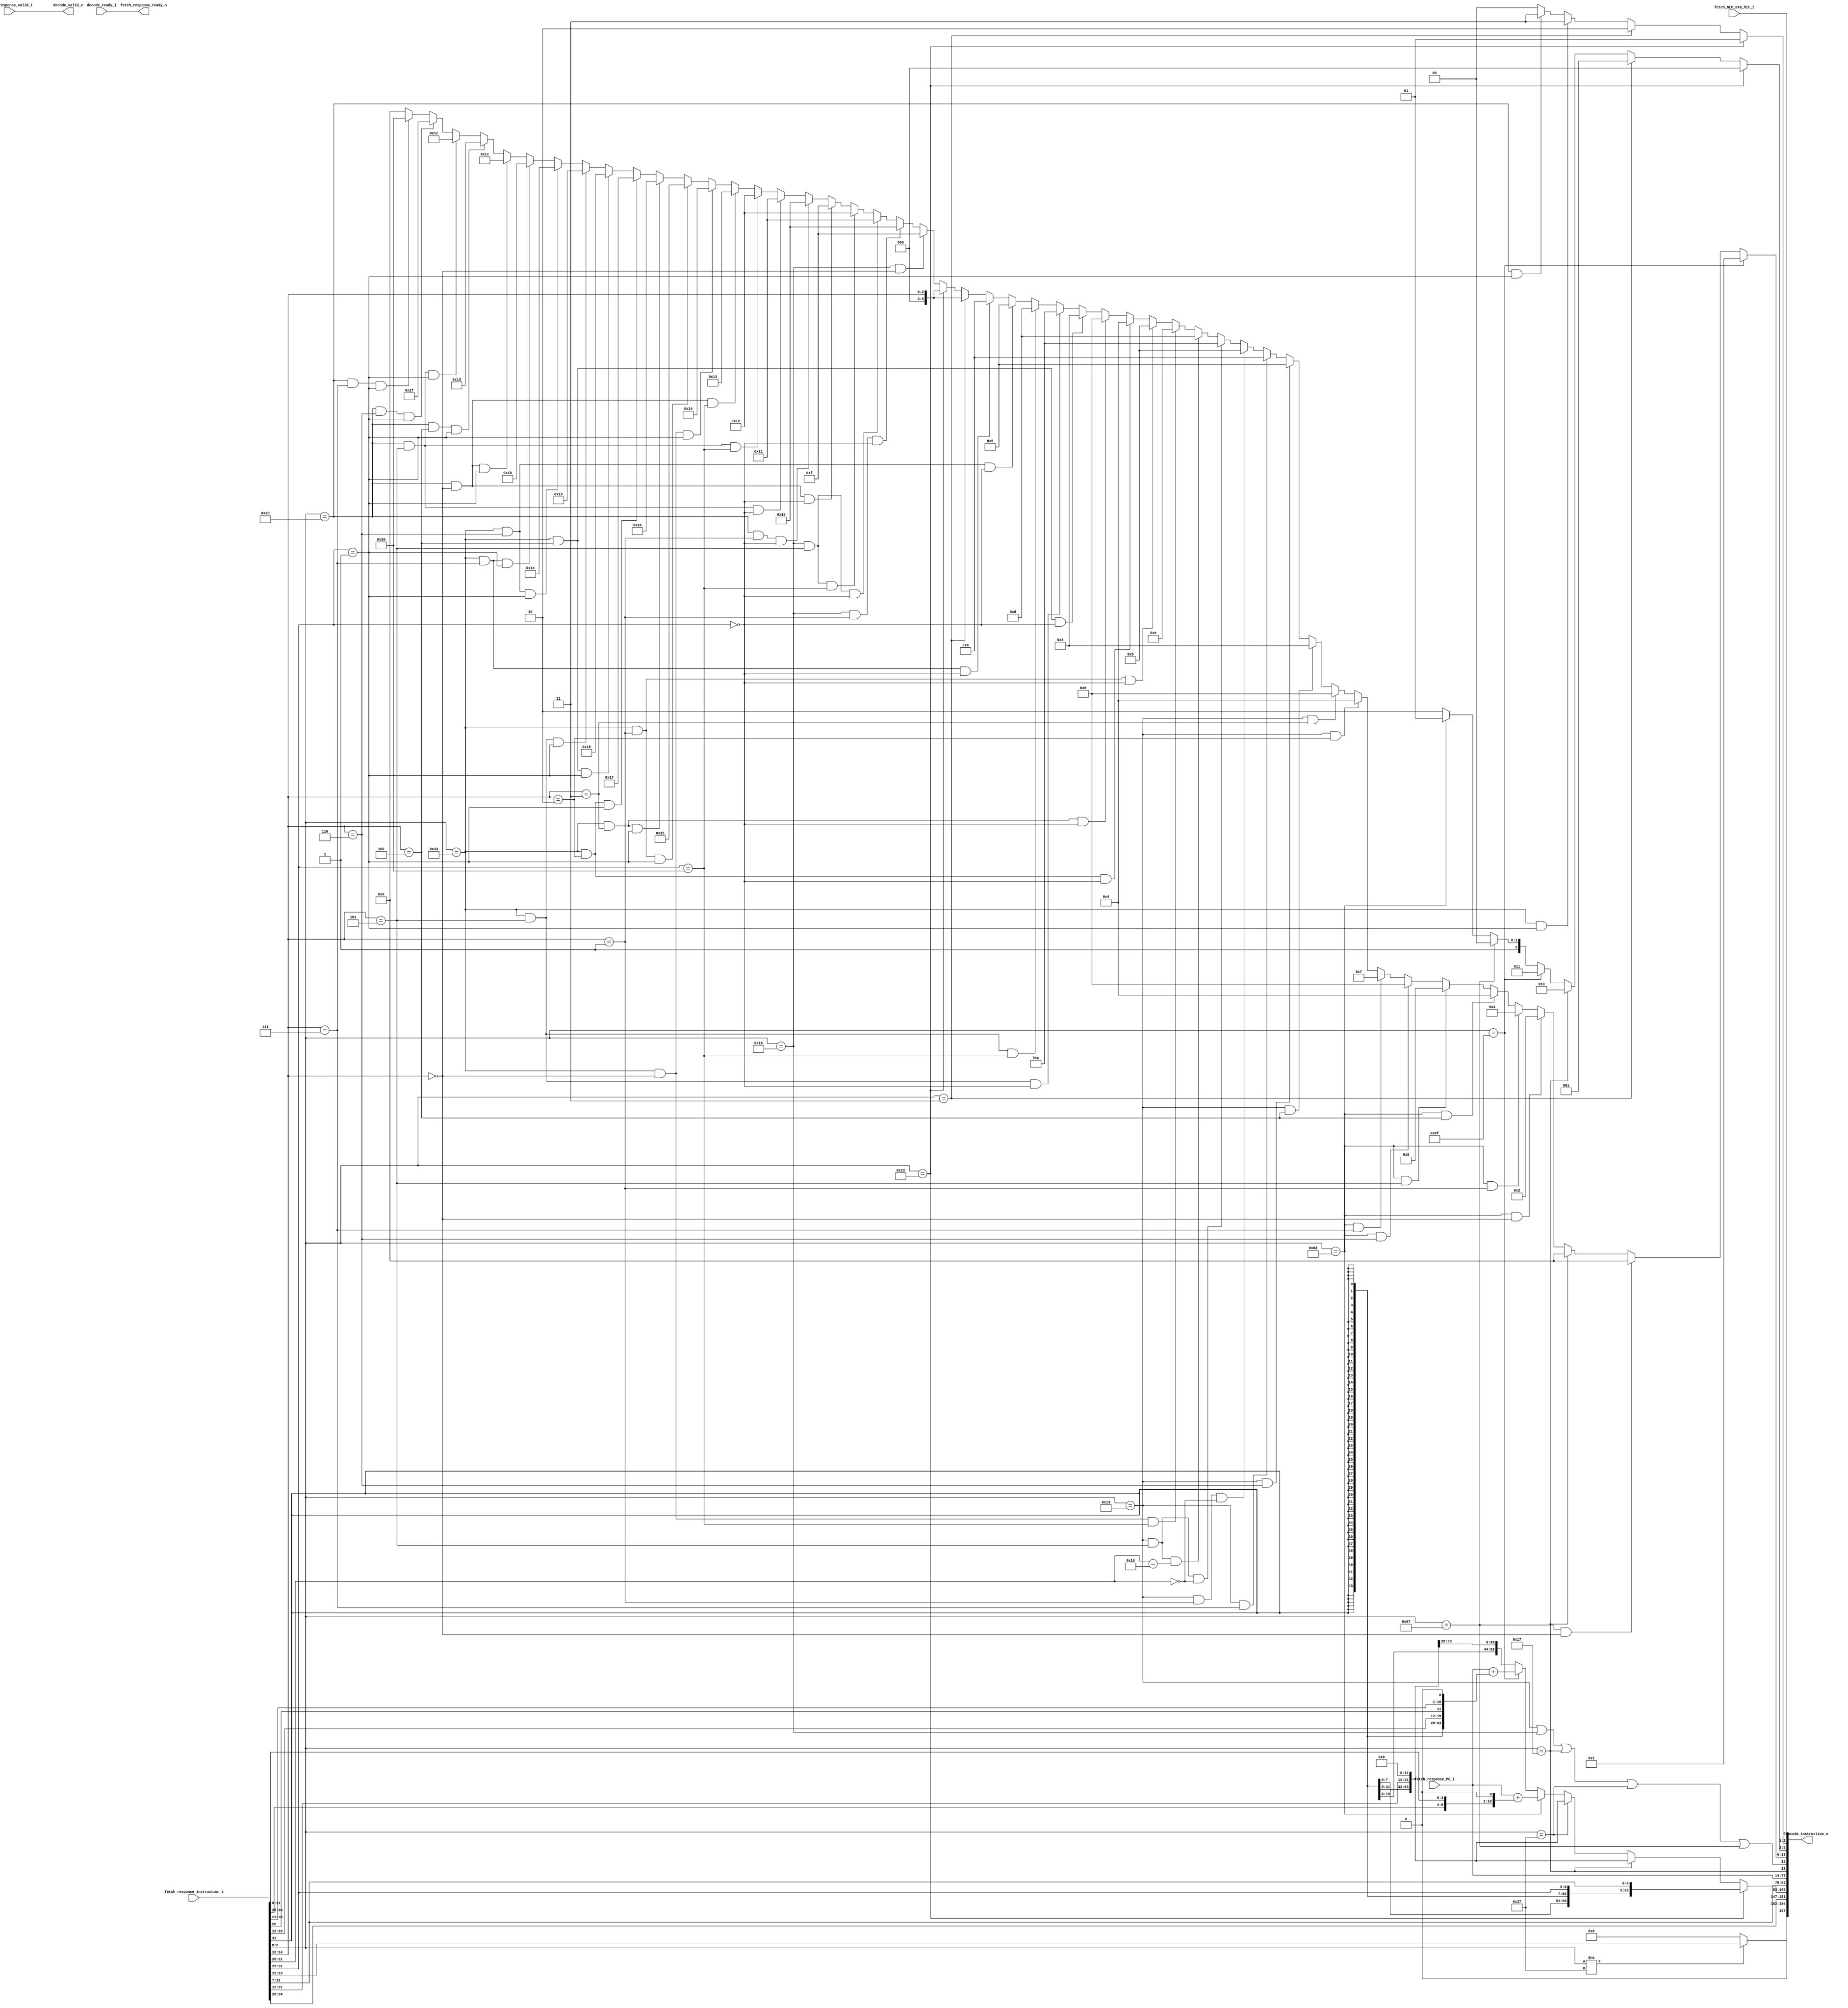
/** @module : decode_stage64
 *  @author : Secure, Trusted, and Assured Microelectronics (STAM) Center

 *  Copyright (c) 2022 Trireme (STAM/SCAI/ASU)
 *  Permission is hereby granted, free of charge, to any person obtaining a copy
 *  of this software and associated documentation files (the "Software"), to deal
 *  in the Software without restriction, including without limitation the rights
 *  to use, copy, modify, merge, publish, distribute, sublicense, and/or sell
 *  copies of the Software, and to permit persons to whom the Software is
 *  furnished to do so, subject to the following conditions:
 *  The above copyright notice and this permission notice shall be included in
 *  all copies or substantial portions of the Software.

 *  THE SOFTWARE IS PROVIDED "AS IS", WITHOUT WARRANTY OF ANY KIND, EXPRESS OR
 *  IMPLIED, INCLUDING BUT NOT LIMITED TO THE WARRANTIES OF MERCHANTABILITY,
 *  FITNESS FOR A PARTICULAR PURPOSE AND NONINFRINGEMENT. IN NO EVENT SHALL THE
 *  AUTHORS OR COPYRIGHT HOLDERS BE LIABLE FOR ANY CLAIM, DAMAGES OR OTHER
 *  LIABILITY, WHETHER IN AN ACTION OF CONTRACT, TORT OR OTHERWISE, ARISING FROM,
 *  OUT OF OR IN CONNECTION WITH THE SOFTWARE OR THE USE OR OTHER DEALINGS IN
 *  THE SOFTWARE.
 */

/*
 * We assume that the decode is completely combinational and has can decode an instruction at every cycle
 */

module decode_stage64 #(
    parameter XLEN                = 64,
    parameter LANE_INDEX_WIDTH    = 2,  // Selects between the $EXECUTION_LANES reservation stations
    parameter FULL_DECODE_WIDTH   = 158 // Width of a decoded instruction
) (
    // Instruction fetch port
    input                          fetch_response_valid_i,
    output                         fetch_response_ready_o,
    input [31:0]                   fetch_response_instruction_i,
    input [63:0]                   fetch_response_PC_i,
    input                          fetch_NLP_BTB_hit_i,
    // Issue stage port
    output                         decode_valid_o,
    input                          decode_ready_i,
    output [FULL_DECODE_WIDTH-1:0] decode_instruction_o
);
    wire [31:0] instruction = fetch_response_instruction_i;

    /*
     * RISC-V opcodes
     */
    localparam [6:0] R_TYPE   = 7'b0110011,
                     R32_TYPE = 7'b0111011,
                     I_TYPE   = 7'b0010011,
                     I32_TYPE = 7'b0011011,
                     STORE    = 7'b0100011,
                     LOAD     = 7'b0000011,
                     BRANCH   = 7'b1100011,
                     JALR     = 7'b1100111,
                     JAL      = 7'b1101111,
                     AUIPC    = 7'b0010111,
                     LUI      = 7'b0110111,
                     FENCES   = 7'b0001111,
                     SYSCALL  = 7'b1110011;

    /*
     * More general operation descriptors
     */
    localparam [2:0] OP_STORE  = 3'd0,
                     OP_LOAD   = 3'd1,
                     OP_AUIPC  = 3'd2,
                     OP_JAL    = 3'd3,
                     OP_JALR   = 3'd4,
                     OP_BRANCH = 3'd5,
                     OP_OTHER  = 3'd6;

    function [63:0] sign_extend;
        input [31:0] value;
        begin
            sign_extend = {{32{value[31]}}, value};
        end
    endfunction

    wire [6:0] opcode = instruction[6:0];
    wire [4:0] rs1    = opcode != LUI ? instruction[19:15] : 0;
    wire [4:0] rs2    = instruction[24:20];
    wire [4:0] rd     = instruction[11:7];
    wire [6:0] funct7 = instruction[31:25];
    wire [2:0] funct3 = instruction[14:12];

    wire [31:0] u_imm_32      = {instruction[31:12], 12'b0};
    wire [31:0] i_imm_32      = {{21{instruction[31]}}, instruction[31:20]};
    wire [31:0] s_imm_32      = {{21{instruction[31]}}, instruction[31:25], instruction[11:7]};
    wire [31:0] is            = instruction;
    wire [63:0] branch_target = fetch_response_PC_i + sign_extend({{21{is[31]}}, is[7], is[30:25], is[11:8], 1'b0});
    wire [63:0] JAL_target    = fetch_response_PC_i + sign_extend({{13{is[31]}}, is[19:12], is[20], is[30:21], 1'b0});

    wire [63:0] extend_imm = (opcode == STORE ) ? sign_extend(s_imm_32     )
                           : (opcode == AUIPC ) ? sign_extend(u_imm_32     )
                           : (opcode == LUI   ) ? sign_extend(u_imm_32     )
                           : (opcode == BRANCH) ? branch_target
                           : (opcode == JAL   ) ? JAL_target
                           :                      sign_extend(i_imm_32     );

    wire [5:0] ALU_operation =
        (opcode == JAL)                                                    ? 6'd1             : // JAL   : Pass through
        (opcode == JALR     & funct3 == 3'b000)                            ? 6'd0             : // JALR  : Pass through
        (opcode == AUIPC)                                                  ? 6'd0             : // AUIPC : add PC and (immediate << 12)
        (opcode == BRANCH   & funct3 == 3'b000)                            ? 6'd2             : // BEQ   : equal
        (opcode == BRANCH   & funct3 == 3'b001)                            ? 6'd3             : // BNE   : not equal
        (opcode == BRANCH   & funct3 == 3'b100)                            ? 6'd4             : // BLT   : signed less than
        (opcode == BRANCH   & funct3 == 3'b101)                            ? 6'd5             : // BGE   : signed greater than, equal
        (opcode == BRANCH   & funct3 == 3'b110)                            ? 6'd6             : // BLTU  : unsigned less than
        (opcode == BRANCH   & funct3 == 3'b111)                            ? 6'd7             : // BGEU  : unsigned greater than, equal
        (opcode == I_TYPE   & funct3 == 3'b010)                            ? 6'd4             : // SLTI  : signed less than
        (opcode == I_TYPE   & funct3 == 3'b011)                            ? 6'd6             : // SLTIU : unsigned less than
        (opcode == I_TYPE   & funct3 == 3'b100)                            ? 6'd8             : // XORI  : xor
        (opcode == I_TYPE   & funct3 == 3'b110)                            ? 6'd9             : // ORI   : or
        (opcode == I_TYPE   & funct3 == 3'b111)                            ? 6'd10            : // ANDI  : and
        (opcode == I_TYPE   & funct3 == 3'b001 & funct7[6:1] == 6'b000000) ? 6'd11            : // SLLI  : logical left shift
        (opcode == I_TYPE   & funct3 == 3'b101 & funct7[6:1] == 6'b000000) ? 6'd12            : // SRLI  : logical right shift
        (opcode == I_TYPE   & funct3 == 3'b101 & funct7[6:1] == 6'b010000) ? 6'd13            : // SRAI  : arithemtic right shift
        (opcode == R_TYPE   & funct3 == 3'b000 & funct7 == 7'b0100000)     ? 6'd14            : // SUB   : subtract
        (opcode == R_TYPE   & funct3 == 3'b001 & funct7 == 7'b0000000)     ? 6'd11            : // SLL   : logical left shift
        (opcode == R_TYPE   & funct3 == 3'b010 & funct7 == 7'b0000000)     ? 6'd4             : // SLT   : signed less than
        (opcode == R_TYPE   & funct3 == 3'b011 & funct7 == 7'b0000000)     ? 6'd6             : // SLTU  : signed less than
        (opcode == R_TYPE   & funct3 == 3'b100 & funct7 == 7'b0000000)     ? 6'd8             : // XOR   : xor
        (opcode == R_TYPE   & funct3 == 3'b101 & funct7 == 7'b0000000)     ? 6'd12            : // SRL   : logical right shift
        (opcode == R_TYPE   & funct3 == 3'b101 & funct7 == 7'b0100000)     ? 6'd13            : // SRA   : arithmetic right shift
        (opcode == R_TYPE   & funct3 == 3'b110 & funct7 == 7'b0000000)     ? 6'd9             : // OR    : or
        (opcode == R_TYPE   & funct3 == 3'b111 & funct7 == 7'b0000000)     ? 6'd10            : // AND   : and
        (opcode == LOAD )                                                  ? {3'b000, funct3} : // LD, LW, LWU, LH, LHU, LB, LBU
        (opcode == STORE)                                                  ? {3'b000, funct3} : // SD, SW, SWU, SH, SHU, SB, SBU
        // 64-bit instructions
        (opcode == I32_TYPE & funct3 == 3'b000)                            ? 6'd15            : // ADDIW : 32-bit sign-extended ADDI
        (opcode == I32_TYPE & funct3 == 3'b001 & funct7 == 7'b0000000)     ? 6'd16            : // SLLIW : 32-bit sign-extended logical left shift
        (opcode == I32_TYPE & funct3 == 3'b101 & funct7 == 7'b0000000)     ? 6'd17            : // SRLIW : 32-bit sign-extended logical right shift
        (opcode == I32_TYPE & funct3 == 3'b101 & funct7 == 7'b0100000)     ? 6'd18            : // SRAIW : 32-bit sign-extended arithemtic right shift
        (opcode == R32_TYPE & funct3 == 3'b000 & funct7 == 7'b0000000)     ? 6'd15            : // ADDW  : 32-bit sign-extended ADD
        (opcode == R32_TYPE & funct3 == 3'b001 & funct7 == 7'b0000000)     ? 6'd16            : // SLLW  : 32-bit sign-extended SLL
        (opcode == R32_TYPE & funct3 == 3'b101 & funct7 == 7'b0000000)     ? 6'd17            : // SRLW  : 32-bit sign-extended SRLW
        (opcode == R32_TYPE & funct3 == 3'b101 & funct7 == 7'b0100000)     ? 6'd18            : // SRAW  : 32-bit sign-extended SRAW
        (opcode == R32_TYPE & funct3 == 3'b000 & funct7 == 7'b0100000)     ? 6'd19            : // SUBW  : 32-bit sign-extended SUB
        // 32-bit M-Extension
        (opcode == R_TYPE   & funct3 == 3'b000 & funct7 == 7'b0000001)     ? 6'd20            : // MUL   : Multiply XLEN*XLEN (Lower XLEN in destination register)
        (opcode == R_TYPE   & funct3 == 3'b001 & funct7 == 7'b0000001)     ? 6'd21            : // MULH  : Multiply XLEN*XLEN (Upper XLEN in destination register - signed   * signed)
        (opcode == R_TYPE   & funct3 == 3'b011 & funct7 == 7'b0000001)     ? 6'd22            : // MULHU : Multiply XLEN*XLEN (Upper XLEN in destination register - signed   * unsigned)
        (opcode == R_TYPE   & funct3 == 3'b010 & funct7 == 7'b0000001)     ? 6'd23            : // MULHSU: Multiply XLEN*XLEN (Upper XLEN in destination register - unsigned * unsigned)
        (opcode == R_TYPE   & funct3 == 3'b100 & funct7 == 7'b0000001)     ? 6'd24            : // DIV   : Divide   XLEN/XLEN (signed  )
        (opcode == R_TYPE   & funct3 == 3'b101 & funct7 == 7'b0000001)     ? 6'd25            : // DIVU  : Divide   XLEN/XLEN (unsigned)
        (opcode == R_TYPE   & funct3 == 3'b110 & funct7 == 7'b0000001)     ? 6'd26            : // REM   : Remainder of the corresponding divide (signed  )
        (opcode == R_TYPE   & funct3 == 3'b111 & funct7 == 7'b0000001)     ? 6'd27            : // REMU  : Remainder of the corresponding divide (unsigned)
        // 64-bit M-Extension
        (opcode == R32_TYPE & funct3 == 3'b000 & funct7 == 7'b0000001)     ? 6'd28            : // MULW  : Multiply lower 32 bits of the source registers, places sign-extended lower 32 bits of the result in rd
        (opcode == R32_TYPE & funct3 == 3'b100 & funct7 == 7'b0000001)     ? 6'd29            : // DIVW  : Divide lower 32 bits of rs1 by lower 32 bits of rs2, place sign-extended 32 bits of quotient in rd (signed)
        (opcode == R32_TYPE & funct3 == 3'b101 & funct7 == 7'b0000001)     ? 6'd30            : // DIVUW : Divide lower 32 bits of rs1 by lower 32 bits of rs2, place sign-extended 32 bits of quotient in rd (unsigned)
        (opcode == R32_TYPE & funct3 == 3'b110 & funct7 == 7'b0000001)     ? 6'd31            : // REMW  : Remainder of the corresponding divide (signed  )
        (opcode == R32_TYPE & funct3 == 3'b111 & funct7 == 7'b0000001)     ? 6'd32            : // REMUW : Remainder of the corresponding divide (unsigned)
                                                                             6'd0             ; // Use addition by default

    // Used in the ROB for deciding on the type of commit
    wire [2:0] op_type = opcode == STORE  ? OP_STORE
                       : opcode == LOAD   ? OP_LOAD
                       : opcode == AUIPC  ? OP_AUIPC
                       : opcode == JAL    ? OP_JAL
                       : opcode == JALR   ? OP_JALR
                       : opcode == BRANCH ? OP_BRANCH
                       :                    OP_OTHER;

    wire rs1_sel = opcode == AUIPC;
    wire rs2_sel = opcode == I_TYPE
                 | opcode == I32_TYPE
                 | opcode == AUIPC
                 | opcode == LUI
                 | opcode == JALR;  /*| opcode == STORE | opcode == LOAD */

    wire [LANE_INDEX_WIDTH-1:0] lane = opcode == STORE                            ? 1
                                     : opcode == LOAD                             ? 2
                                     : opcode == R_TYPE   && funct7 == 7'b0000001 ? 3 // M-extension
                                     : opcode == R32_TYPE && funct7 == 7'b0000001 ? 3 // M-extension
                                     :                                              0;

    /*
     * Concatenate the outputs into a single signal
     */
    assign decode_instruction_o = {
        rs1,
        rs2,
        extend_imm,
        rd,
        fetch_response_PC_i,
        rs1_sel,
        rs2_sel,
        ALU_operation,
        op_type,
        lane,
        fetch_NLP_BTB_hit_i
    };

    assign decode_valid_o         = fetch_response_valid_i;
    assign fetch_response_ready_o = decode_ready_i;

endmodule